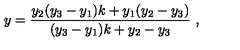
y = \frac { y _ { 2 } ( y _ { 3 } - y _ { 1 } ) k + y _ { 1 } ( y _ { 2 } - y _ { 3 } ) } { ( y _ { 3 } - y _ { 1 } ) k + y _ { 2 } - y _ { 3 } } \ ,